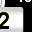
Digit: 2